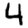
Digit: 4